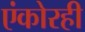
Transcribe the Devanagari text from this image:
एंकोरही